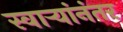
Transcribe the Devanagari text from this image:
स्वाऱ्यांनंतर